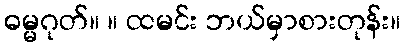
ဓမ္မဂုတ်။ ။ ထမင်း ဘယ်မှာစားတုန်း။